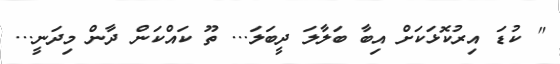
" ކުޑަ އިރުކޮޅަކަށް އިބާ ބަލާލަ ދީބަލަ... ތޫ ކައްކަން ދާން މިދަނީ...